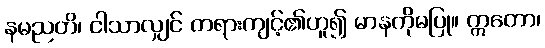
နမညတိ၊ ငါသာလျှင် တရားကျင့်၏ဟူ၍ မာနကိုမပြု။ ဣတော၊